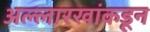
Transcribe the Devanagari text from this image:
अल्लारखांकडून